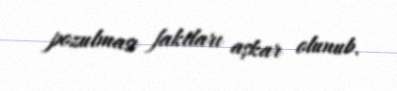
pozulması faktları aşkar olunub.